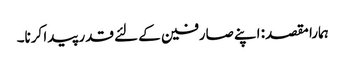
ہمارا مقصد: اپنے صارفین کے لئے قدر پیدا کرنا۔